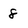
Character: 8